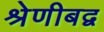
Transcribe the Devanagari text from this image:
श्रेणीबद्व